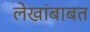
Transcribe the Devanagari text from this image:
लेखांबाबत